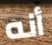
أنه